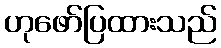
ဟုဖော်ပြထားသည်